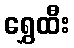
ရွှေထီး